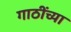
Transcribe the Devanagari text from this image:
गाठींच्या